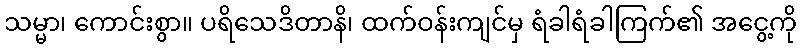
သမ္မာ၊ ကောင်းစွာ။ ပရိသေဒိတာနိ၊ ထက်ဝန်းကျင်မှ ရံခါရံခါကြက်၏ အငွေ့ကို